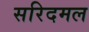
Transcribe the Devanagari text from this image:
सरिदमल